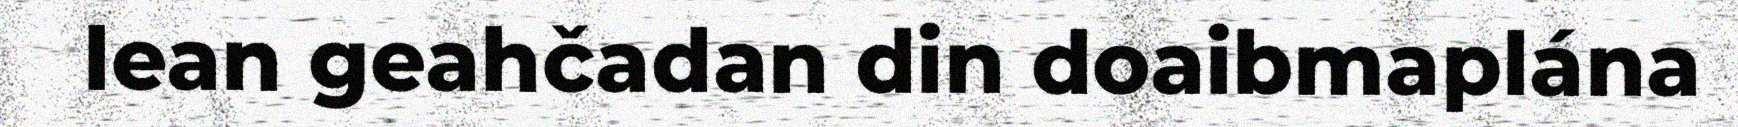
lean geahčadan din doaibmaplána